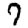
Digit: 7